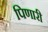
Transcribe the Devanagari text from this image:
पिणारी